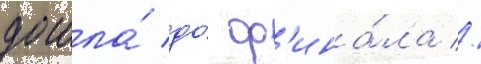
дошла́ до́ ф'ина́ла //